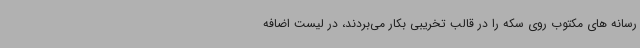
رسانه های مکتوب روی سکه را در قالب تخریبی بکار می‌بردند، در لیست اضافه